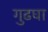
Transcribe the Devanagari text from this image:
गुढघा